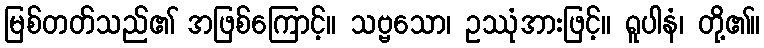
မြစ်တတ်သည်၏ အဖြစ်ကြောင့်။ သဗ္ဗသော၊ ဥဿုံအားဖြင့်။ ရူပါနံ၊ တို့၏။